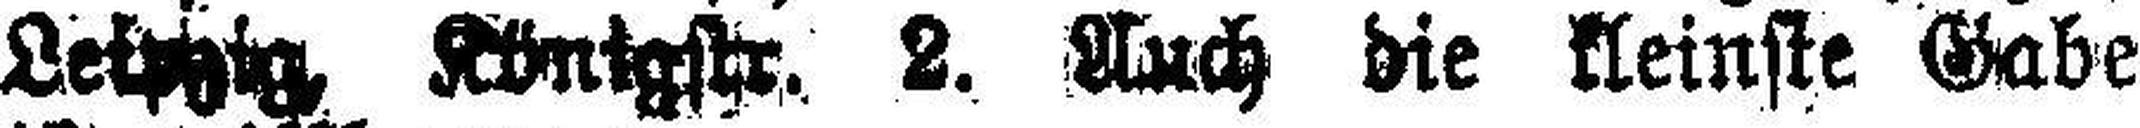
Leipzig Königstr. 2. Auch die kleinste Gabe